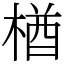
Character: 楢